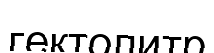
гектолитр